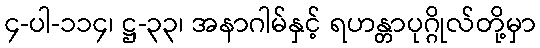
၄-ပါ-၁၁၄၊ ဋ္ဌ-၃၃၊ အနာဂါမ်နှင့် ရဟန္တာပုဂ္ဂိုလ်တို့မှာ